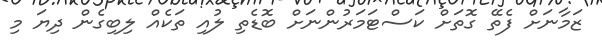
ޒަމާނަށް ފެތޭ ގޮތަށް ކަސްޓަމަރުންނަށް ބޮޑެތި ލުއި ތަކެއް ލިބިގެން ދިޔަ މި